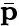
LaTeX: \bar{\mathbf p}